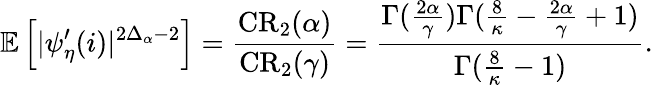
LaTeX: \mathbb E\left[|\psi_{\eta}^{\prime}(i)|^{2\Delta_{\alpha}-2}\right]=\frac{\mathrm{{CR}}_{2}(\alpha)}{{\mathrm{CR}}_{2}(\gamma)}=\frac{\Gamma(\frac{2\alpha}{\gamma})\Gamma(\frac{8}{\kappa}-\frac{2\alpha}{\gamma}+1)}{\Gamma(\frac{8}{\kappa}-1)}.